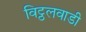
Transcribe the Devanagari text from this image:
विट्ठलवाडी